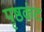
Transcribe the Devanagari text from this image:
पृष्ठकंट